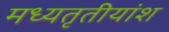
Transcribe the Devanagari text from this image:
मध्यतृतीयांश